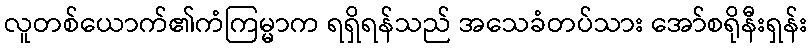
လူတစ်ယောက်၏ကံကြမ္မာက ရရှိရန်သည် အသေခံတပ်သား အော်စရိုနီးရှန်း